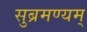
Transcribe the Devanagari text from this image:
सुब्रमण्यम्